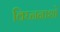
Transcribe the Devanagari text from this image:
विघ्ननाशो